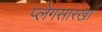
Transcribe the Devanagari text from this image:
प्लेगसारखा